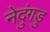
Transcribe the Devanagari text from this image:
नेदुंगडु